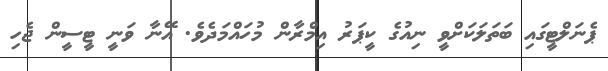
ޕެނަލްޓީގައި ބަތަލަކަށްވީ ނިއުގެ ކީޕަރު އިމްރާން މުހައްމަދެވެ. އޭނާ ވަނީ ޓީސީން ޖެހި